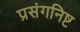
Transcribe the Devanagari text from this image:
प्रसंगनिष्ट